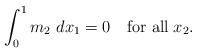
LaTeX: \begin{align*}\int_0^1m_2\, \, dx_1=0\quad\mbox{for all}\;x_2.\end{align*}